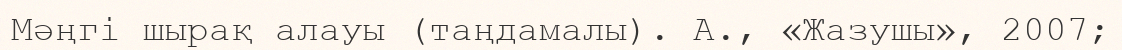
Мәңгі шырақ алауы (таңдамалы). А., «Жазушы», 2007;